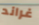
غراند